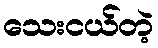
သေးငယ်တဲ့